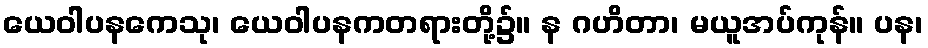
ယေဝါပနကေသု၊ ယေဝါပနကတရားတို့၌။ န ဂဟိတာ၊ မယူအပ်ကုန်။ ပန၊